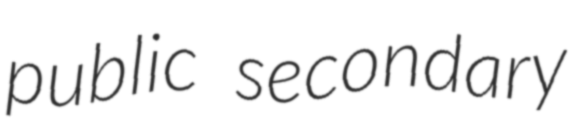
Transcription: public secondary